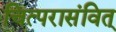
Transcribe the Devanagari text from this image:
चित्परासंवित्